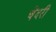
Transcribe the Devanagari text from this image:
चेंदरी